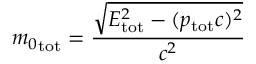
{ m _ { 0 } } _ { \mathrm { t o t } } = { \frac { \sqrt { E _ { \mathrm { t o t } } ^ { 2 } - ( p _ { \mathrm { t o t } } c ) ^ { 2 } } } { c ^ { 2 } } }